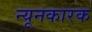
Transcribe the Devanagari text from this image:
न्यूनकारक